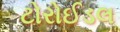
ટોરોઈડલ